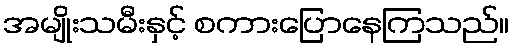
အမျိုးသမီးနှင့် စကားပြောနေကြသည်။